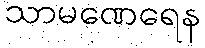
သာမဏေရေန